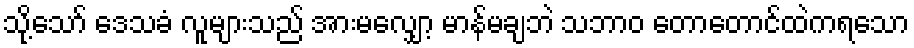
သို့သော် ဒေသခံ လူများသည် အားမလျှော့ မာန်မချဘဲ သဘာဝ တောတောင်ထဲကရသော